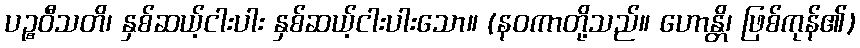
ပဉ္စဝီသတိ၊ နှစ်ဆယ့်ငါးပါး နှစ်ဆယ့်ငါးပါးသော။ (နဝကာတို့သည်။ ဟောန္တိ၊ ဖြစ်ကုန်၏)